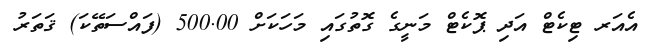
އެއަރ ޓިކެޓް އަދި ޕޮކެޓް މަނީގެ ގޮތުގައި މަހަކަށް 500.00 (ފައްސަތޭކަ) ޤަތަރު